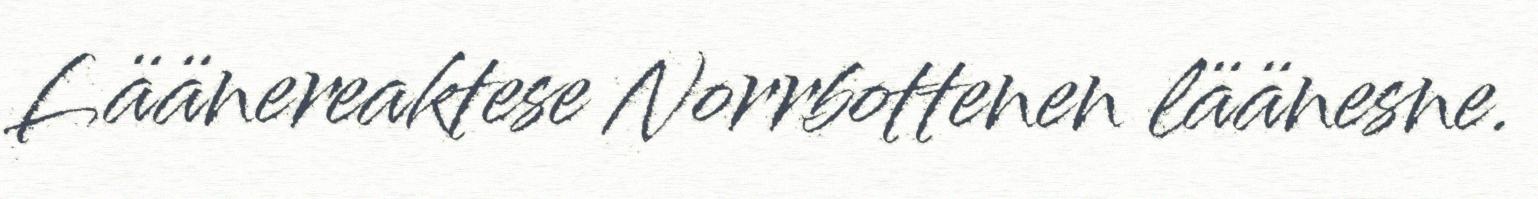
Läänereaktese Norrbottenen läänesne.